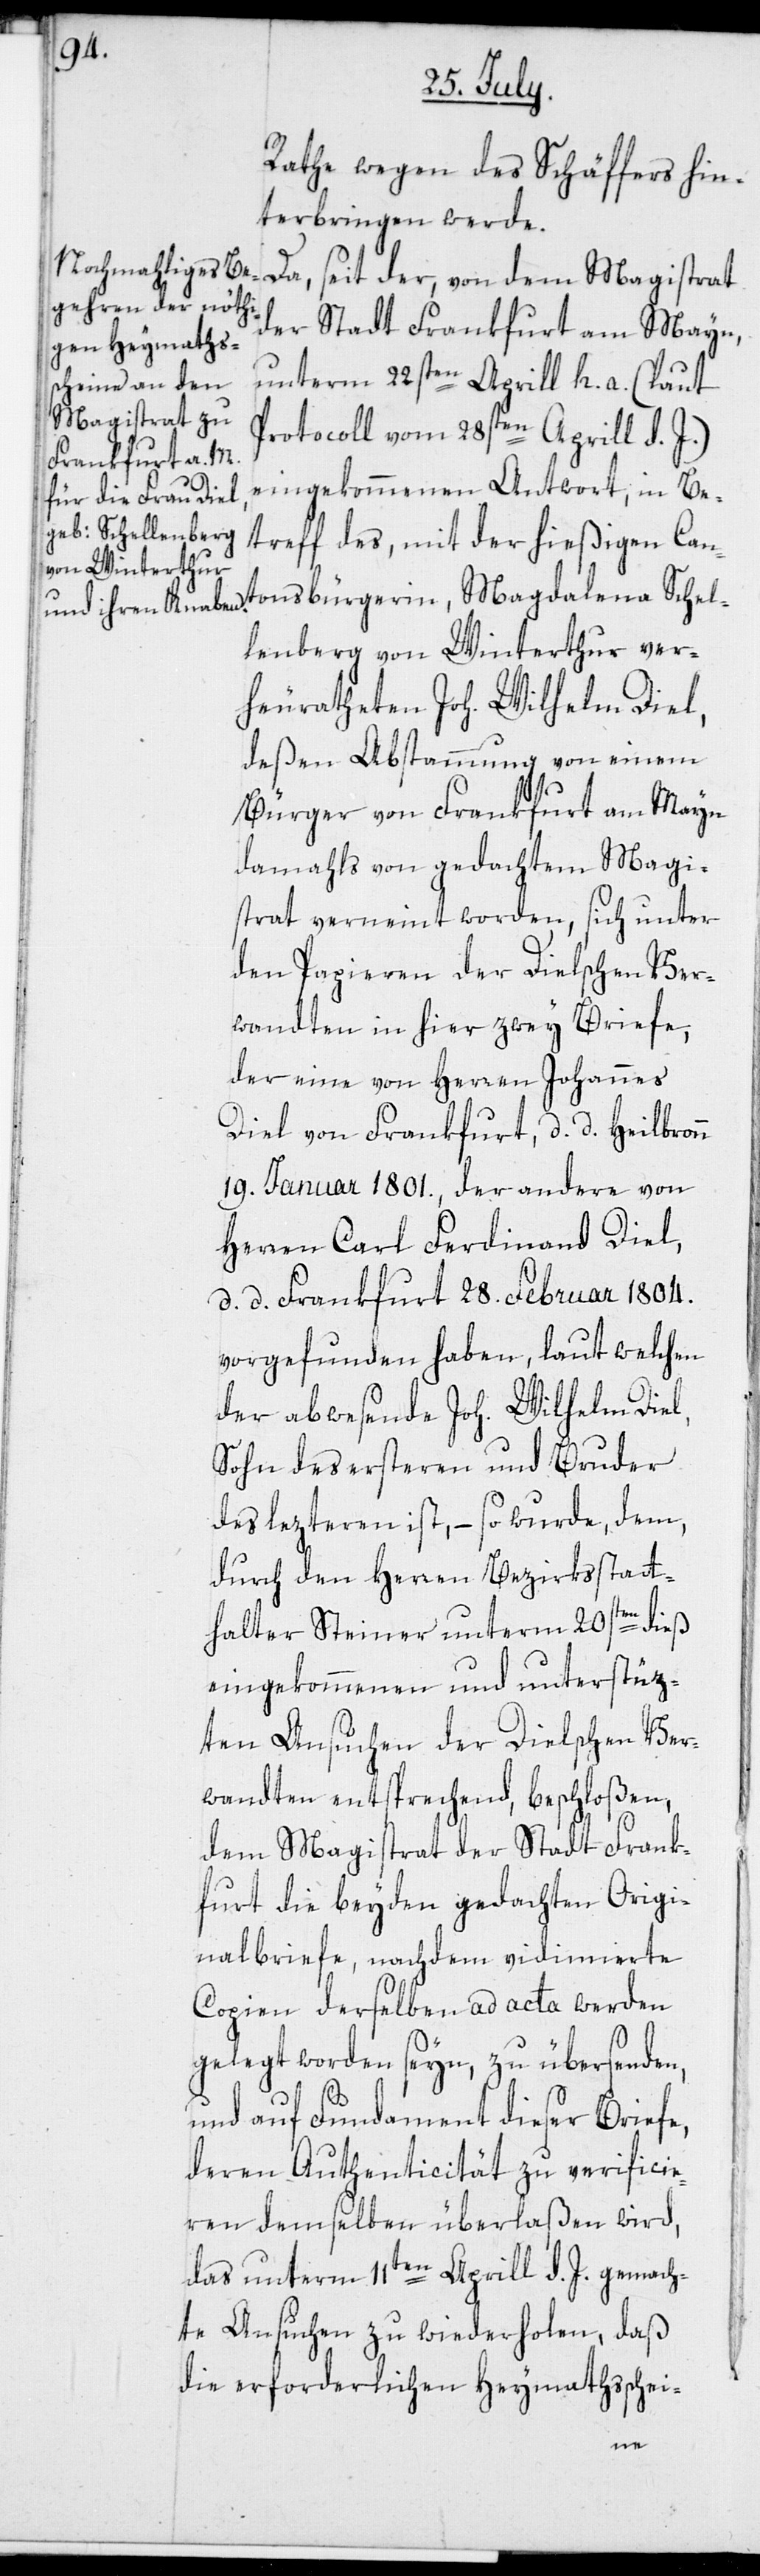
Rathe wegen des Schäffers hin¬
terbringen werde.
Da, seit der, von dem Magistrat
der Stadt Frankfurt am Mayn,
unterm 22sten Aprill h. a. (laut
Protocoll vom 28sten Aprill d. J.)
eingekommenen Antwort, in Be¬
treff des, mit der hießigen Can¬
tonsbürgerin, Magdalena Schel¬
lenberg von Winterthur ver¬
heuratheten Joh. Wilhelm Diel,
deßen Abstammung von einem
Bürger von Frankfurt am Mayn
damahls von gedachtem Magi¬
strat verneint worden, sich unter
den Papieren der Dielschen Ver¬
wandten in hier zwey Briefe,
der eine von Herren Johannes
Diel von Frankfurt, d. d. Heilbronn
19. Januar 1801., der andere von
Herren Carl Ferdinand Diel,
d. d. Frankfurt 28. Februar 1804.
vorgefunden haben, laut welchen
der abwesende Joh. Wilhelm Diel,
Sohn des ersteren und Bruder
des lezteren ist, – so wurde, dem,
durch den Herren Bezirksstatt¬
halter Steiner unterm 20sten dieß
eingekommenen und unterstüz¬
ten Ansuchen der Dielschen Ver¬
wandten entsprechend, beschloßen,
dem Magistrat der Stadt Frank¬
furt die beyden gedachten Origi¬
nalbriefe, nachdem vidimierte
Copien derselben ad acta werden
gelegt worden seyn, zu übersenden,
und auf Fundament dieser Briefe
deren Authenticität zu verificie¬
ren demselben überlaßen wird,
das unterm 11ten Aprill d. J. gemach¬
te Ansuchen zu wiederholen, daß
die erforderlichen Heymathschei-